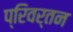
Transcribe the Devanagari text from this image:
प्रिवर्तन